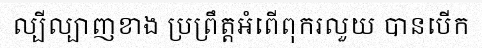
ល្បីល្បាញខាង ប្រព្រឹត្តអំពើពុករលួយ បានបើក